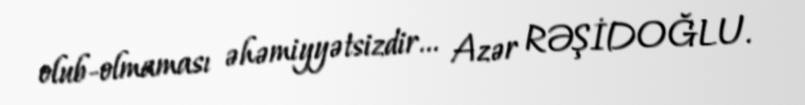
olub-olmaması əhəmiyyətsizdir... Azər RƏŞİDOĞLU.